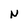
Character: N